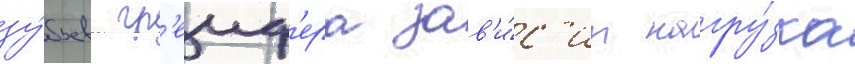
зу́бьев гр'еиф'ера зав'и́с'ит нагру́зка